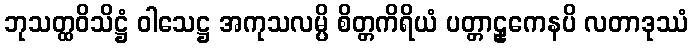
ဘုသတ္ထဝိသိဋ္ဌံ ဝါသေဋ္ဌ အကုသလမ္ပိ စိတ္တကိရိယံ ပတ္တာဠှကေနပိ လတာဒုဿံ